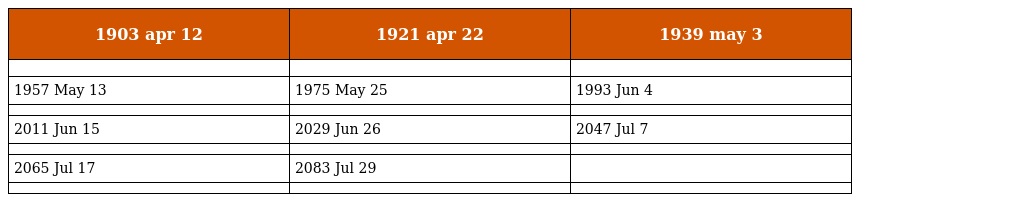
| 1903 apr 12 | 1921 apr 22 | 1939 may 3 |
 | --- | --- | --- |
 |  |  |  |
 | 1957 May 13 | 1975 May 25 | 1993 Jun 4 |
 |  |  |  |
 | 2011 Jun 15 | 2029 Jun 26 | 2047 Jul 7 |
 |  |  |  |
 | 2065 Jul 17 | 2083 Jul 29 |  |
 |  |  |  |